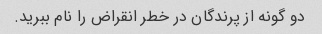
دو گونه از پرندگان در خطر انقراض را نام ببرید.